Annual report of the Punjab Veterinary College and of the Civil Veterinary Department, Punjab - 1894-1908
Year: 1894
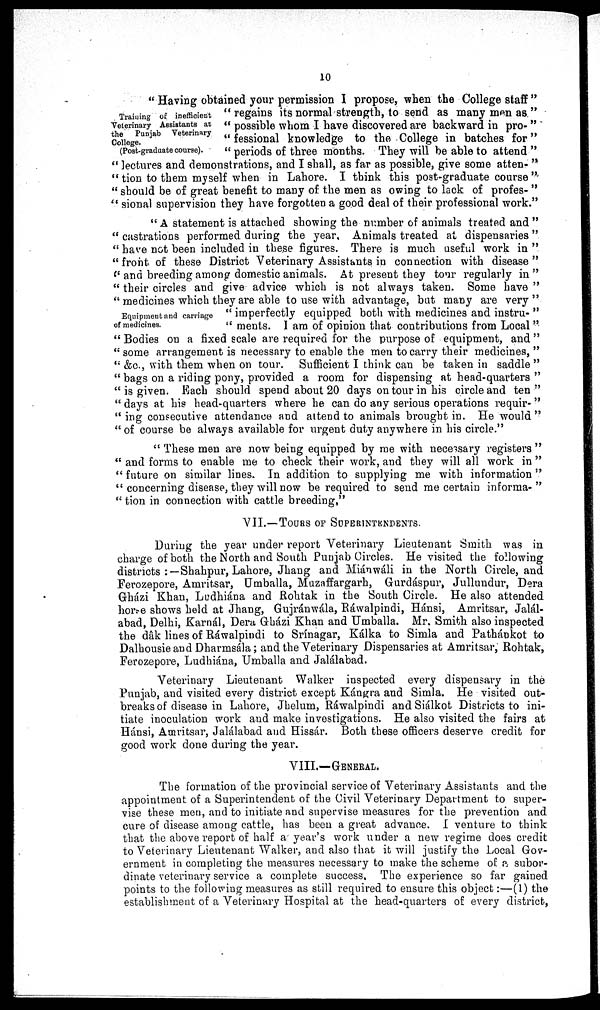
10
Training of inefficient
Veterinary Assistants at
the
Punjab
Veterinary
College.
(Post-graduate course).
"Having obtained your permission I propose, when the College staff "
"regains its normal strength, to send as many men as"
"possible whom I have discovered are backward in pro-"
"fessional knowledge to the College in batches for"
"periods of three months. They will be able to attend"
"lectures and demonstrations, and I shall, as far as possible, give some atten-"
"tion to them myself when in Lahore. I think this post-graduate course"
"should be of great benefit to many of the men as owing to lack of profes-"
"sional supervision they have forgotten a good deal of their professional work."
Equipment and carriage
of medicines.
"A statement is attached showing the number of animals treated and"
"castrations performed during the year, Animals treated at dispensaries"
"have not been included in these figures. There is much useful work in"
"front of these District Veterinary Assistants in connection with disease"
"and breeding among domestic animals. At present they tour regularly in"
"their circles and give advice which is not always taken. Some have"
"medicines which they are able to use with advantage, but many are very"
"imperfectly equipped both with medicines and instru-"
"ments. I am of opinion that contributions from Local"
"Bodies on a fixed scale are required for the purpose of equipment, and"
"some arrangement is necessary to enable the men to carry their medicines,"
"&c., with them when on tour. Sufficient I think can be taken in saddle"
"bags on a riding pony, provided a room for dispensing at head-quarters"
"is given. Each should spend about 20 days on tour in his circle and ten"
"days at his head-quarters where he can do any serious operations requir-"
"ing consecutive attendance and attend to animals brought in. He would"
"of course be always available for urgent duty anywhere in his circle."
"These men are now being equipped by me with necessary registers"
"and forms to enable me to check their work, and they will all work in"
"future on similar lines. In addition to supplying me with information"
"concerning disease, they will now be required to send me certain in forma-"
"tion in connection with cattle breeding,"
VII.—TOURS OF SUPERINTENDENTS.
During the year under report Veterinary Lieutenant Smith was in
charge of both the North and South Punjab Circles. He visited the following
districts:—Shahpur, Lahore, Jhang and Miánwáli in the North Circle, and
Ferozepore, Amritsar, Umballa, Muzaffargarh, Gurdáspur, Jullundur, Dera
Gházi Khan, Ludhiána and Rohtak in the South Circle. He also attended
horse shows held at Jhang, Gujránwála, Ráwalpindi, Hánsi, Amritsar, Jalál-
abad, Delhi, Karnál, Dera Gházi Khan and Umballa. Mr. Smith also inspected
the dak lines of Rawalpindi to Srínagar, Kálka to Simla and Pathápkot to
Dalhousie and Dharmsála; and the Veterinary Dispensaries at Amritsar, Rohtak,
Ferozepore, Ludhiána, Umballa and Jalalabad.
Veterinary Lieutenant Walker inspected every dispensary in the
Punjab, and visited every district except Kángra and Simla. He visited out-
breaks of disease in Lahore, Jhelum, Rawalpindi and Siálkot Districts to ini-
tiate inoculation work and make investigations. He also visited the fairs at
Hánsi, Amritsar, Jalalabad and Hissár. Both these officers deserve credit for
good work done during the year.
VIII.—GENERAL.
The formation of the provincial service of Veterinary Assistants and the
appointment of a Superintendent of the Civil Veterinary Department to super-
vise these men, and to initiate and supervise measures for the prevention and
cure of disease among cattle, has been a great advance. I venture to think
that the above report of half a year's work under a new regime does credit
to Veterinary Lieutenant Walker, and also that it will justify the Local Gov-
ernment in completing the measures necessary to make the scheme of a subor-
dinate veterinary service a complete success. The experience so far gained
points to the following measures as still required to ensure this object:—(1) the
establishment of a Veterinary Hospital at the head-quarters of every district,